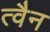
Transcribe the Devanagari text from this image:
त्वैन